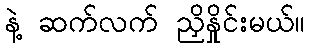
နဲ့ ဆက်လက် ညှိနှိုင်းမယ်။